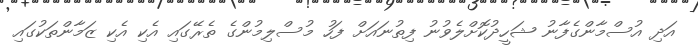
އަދި އުސްމާންގެފާނު ޝަހީދުކޮށްލެވުނު ފިތުނައަށް ފަހު މުސްލިމުންގެ ތެރޭގައި އެކި އެކި ޒަމާންތަކުގައި